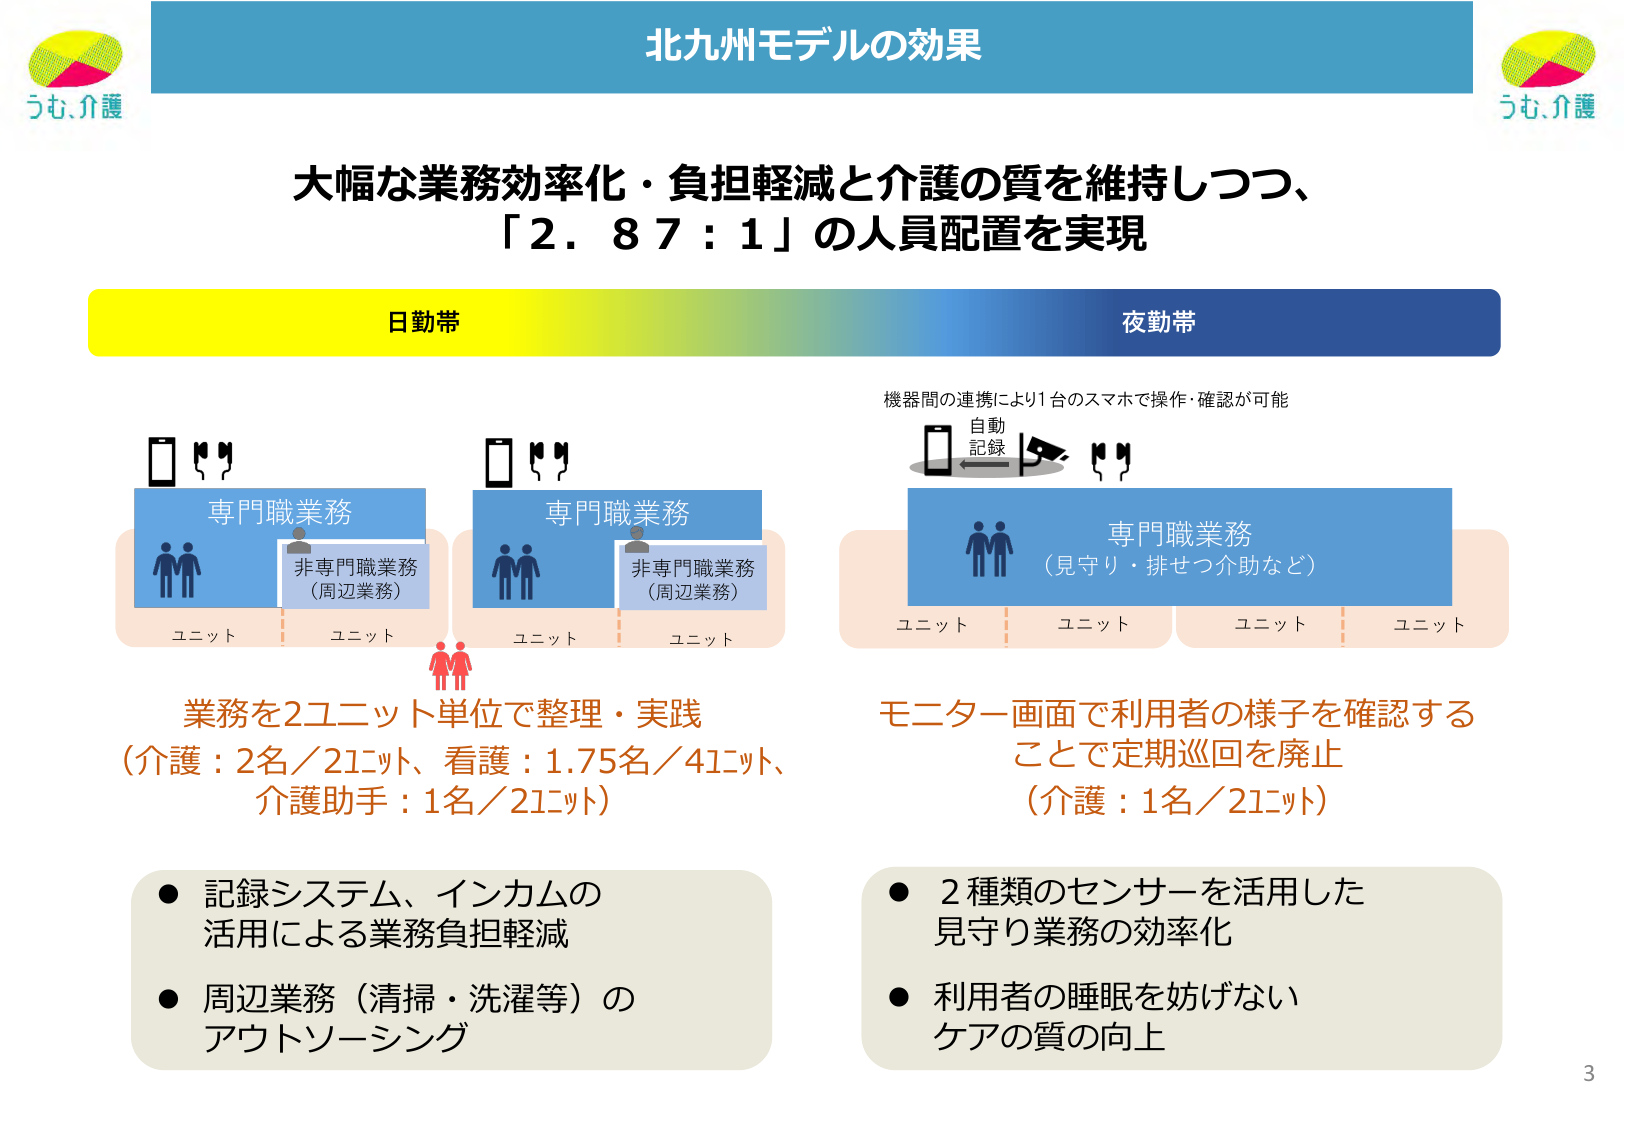
北九州モデルの効果

大幅な業務効率化・負担軽減と介護の質を維持しつつ、
「2.87：1」の人員配置を実現

日勤帯